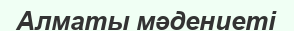
Алматы мәдениеті